Problem: 28 + 23 = ?
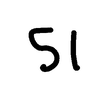
Handwritten answer: 51